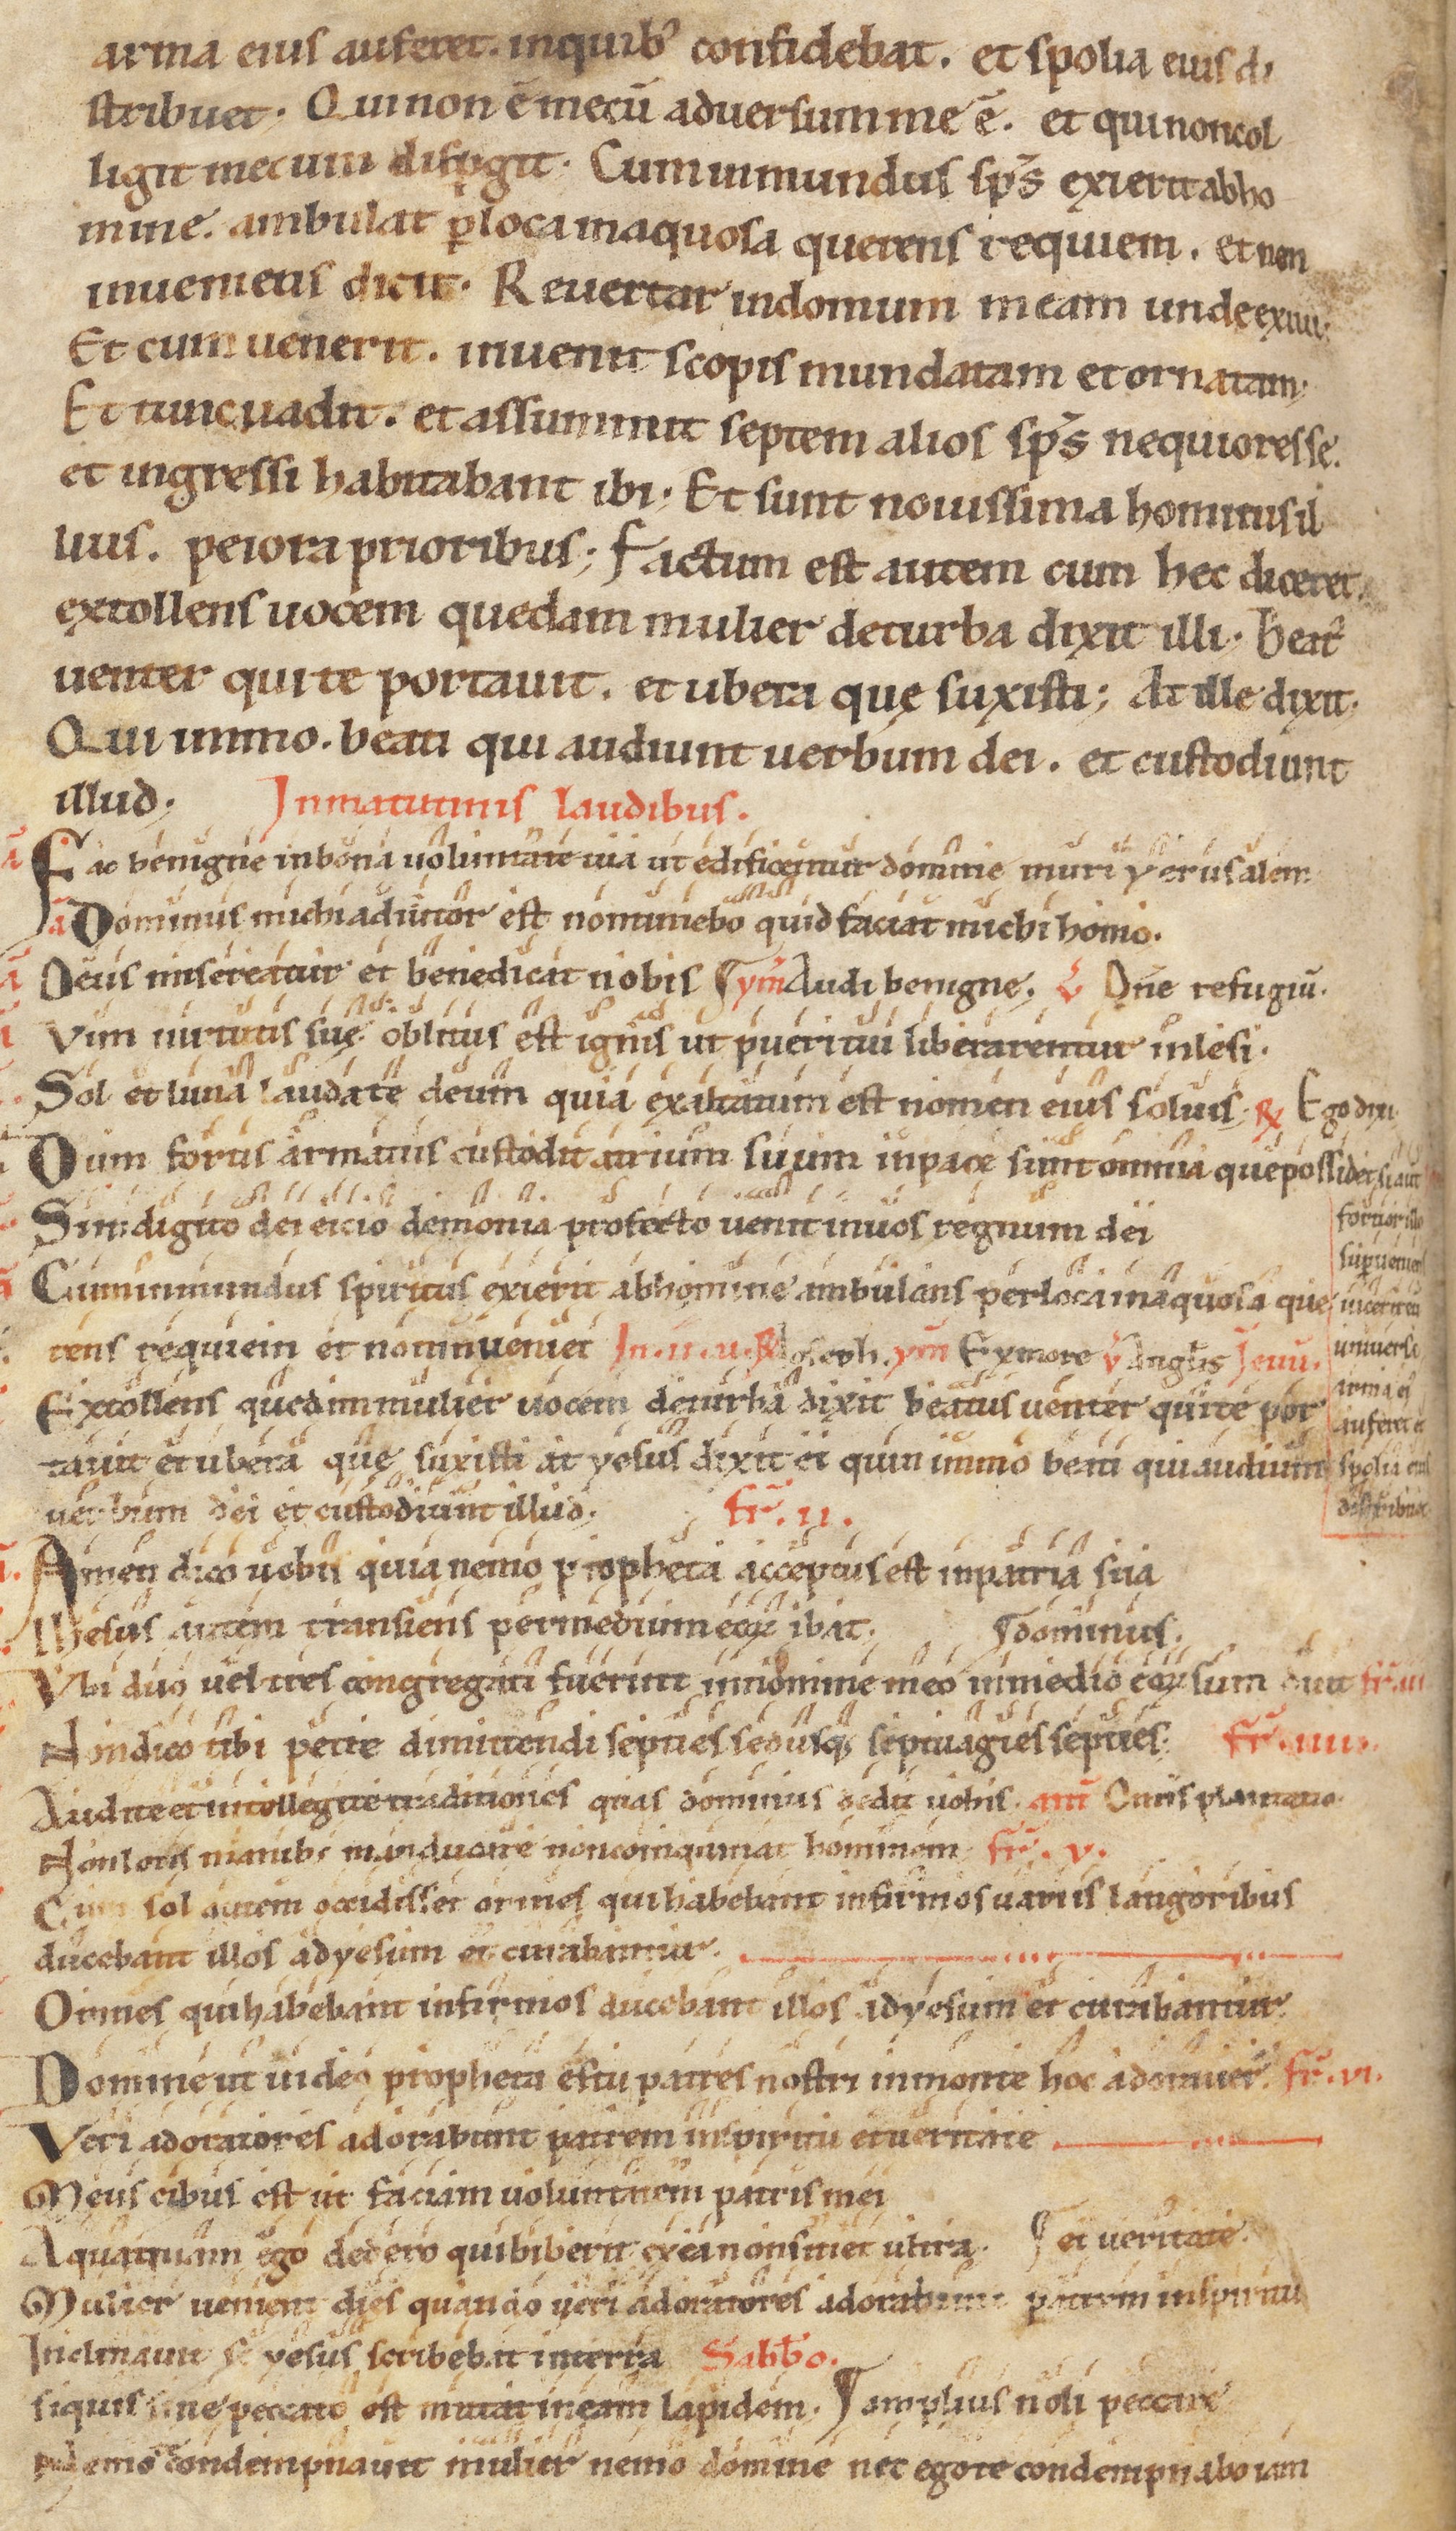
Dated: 1100–1199